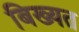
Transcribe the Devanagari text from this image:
बिख्यत